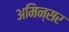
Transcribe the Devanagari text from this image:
अमिन्सर